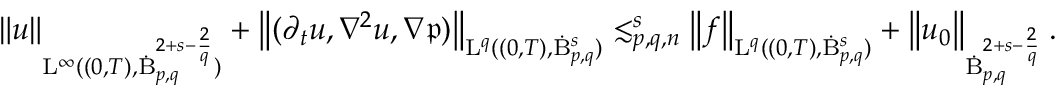
\begin{array} { r } { \left\lVert u \right\rVert _ { \mathrm { L } ^ { \infty } ( ( 0 , T ) , \dot { \mathrm { B } } _ { p , q } ^ { 2 + s - \frac { 2 } { q } } ) } + \left\lVert ( \partial _ { t } u , \nabla ^ { 2 } u , \nabla \mathfrak { p } ) \right\rVert _ { \mathrm { L } ^ { q } ( ( 0 , T ) , \dot { \mathrm { B } } _ { p , q } ^ { s } ) } \lesssim _ { p , q , n } ^ { s } \left\lVert f \right\rVert _ { \mathrm { L } ^ { q } ( ( 0 , T ) , \dot { \mathrm { B } } _ { p , q } ^ { s } ) } + \left\lVert u _ { 0 } \right\rVert _ { \dot { \mathrm { B } } _ { p , q } ^ { 2 + s - \frac { 2 } { q } } } . } \end{array}